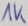
Text: 1K